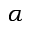
\alpha